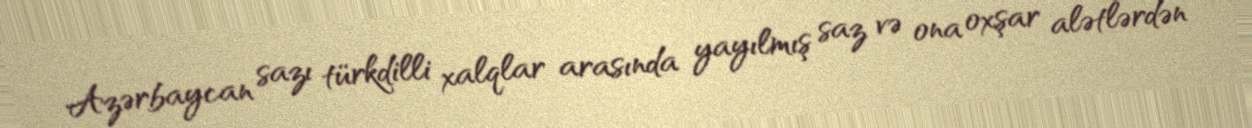
Azərbaycan sazı türkdilli xalqlar arasında yayılmış saz və ona oxşar alətlərdən